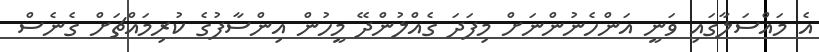
އެ މައްސަލާގައި ވަނީ އަންހެނުންނަށް މިފަދަ ގެއްލުންދޭ މީހުން އިންސާފުގެ ކުރިމައްޗަށް ގެނެސް